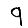
Digit: 9